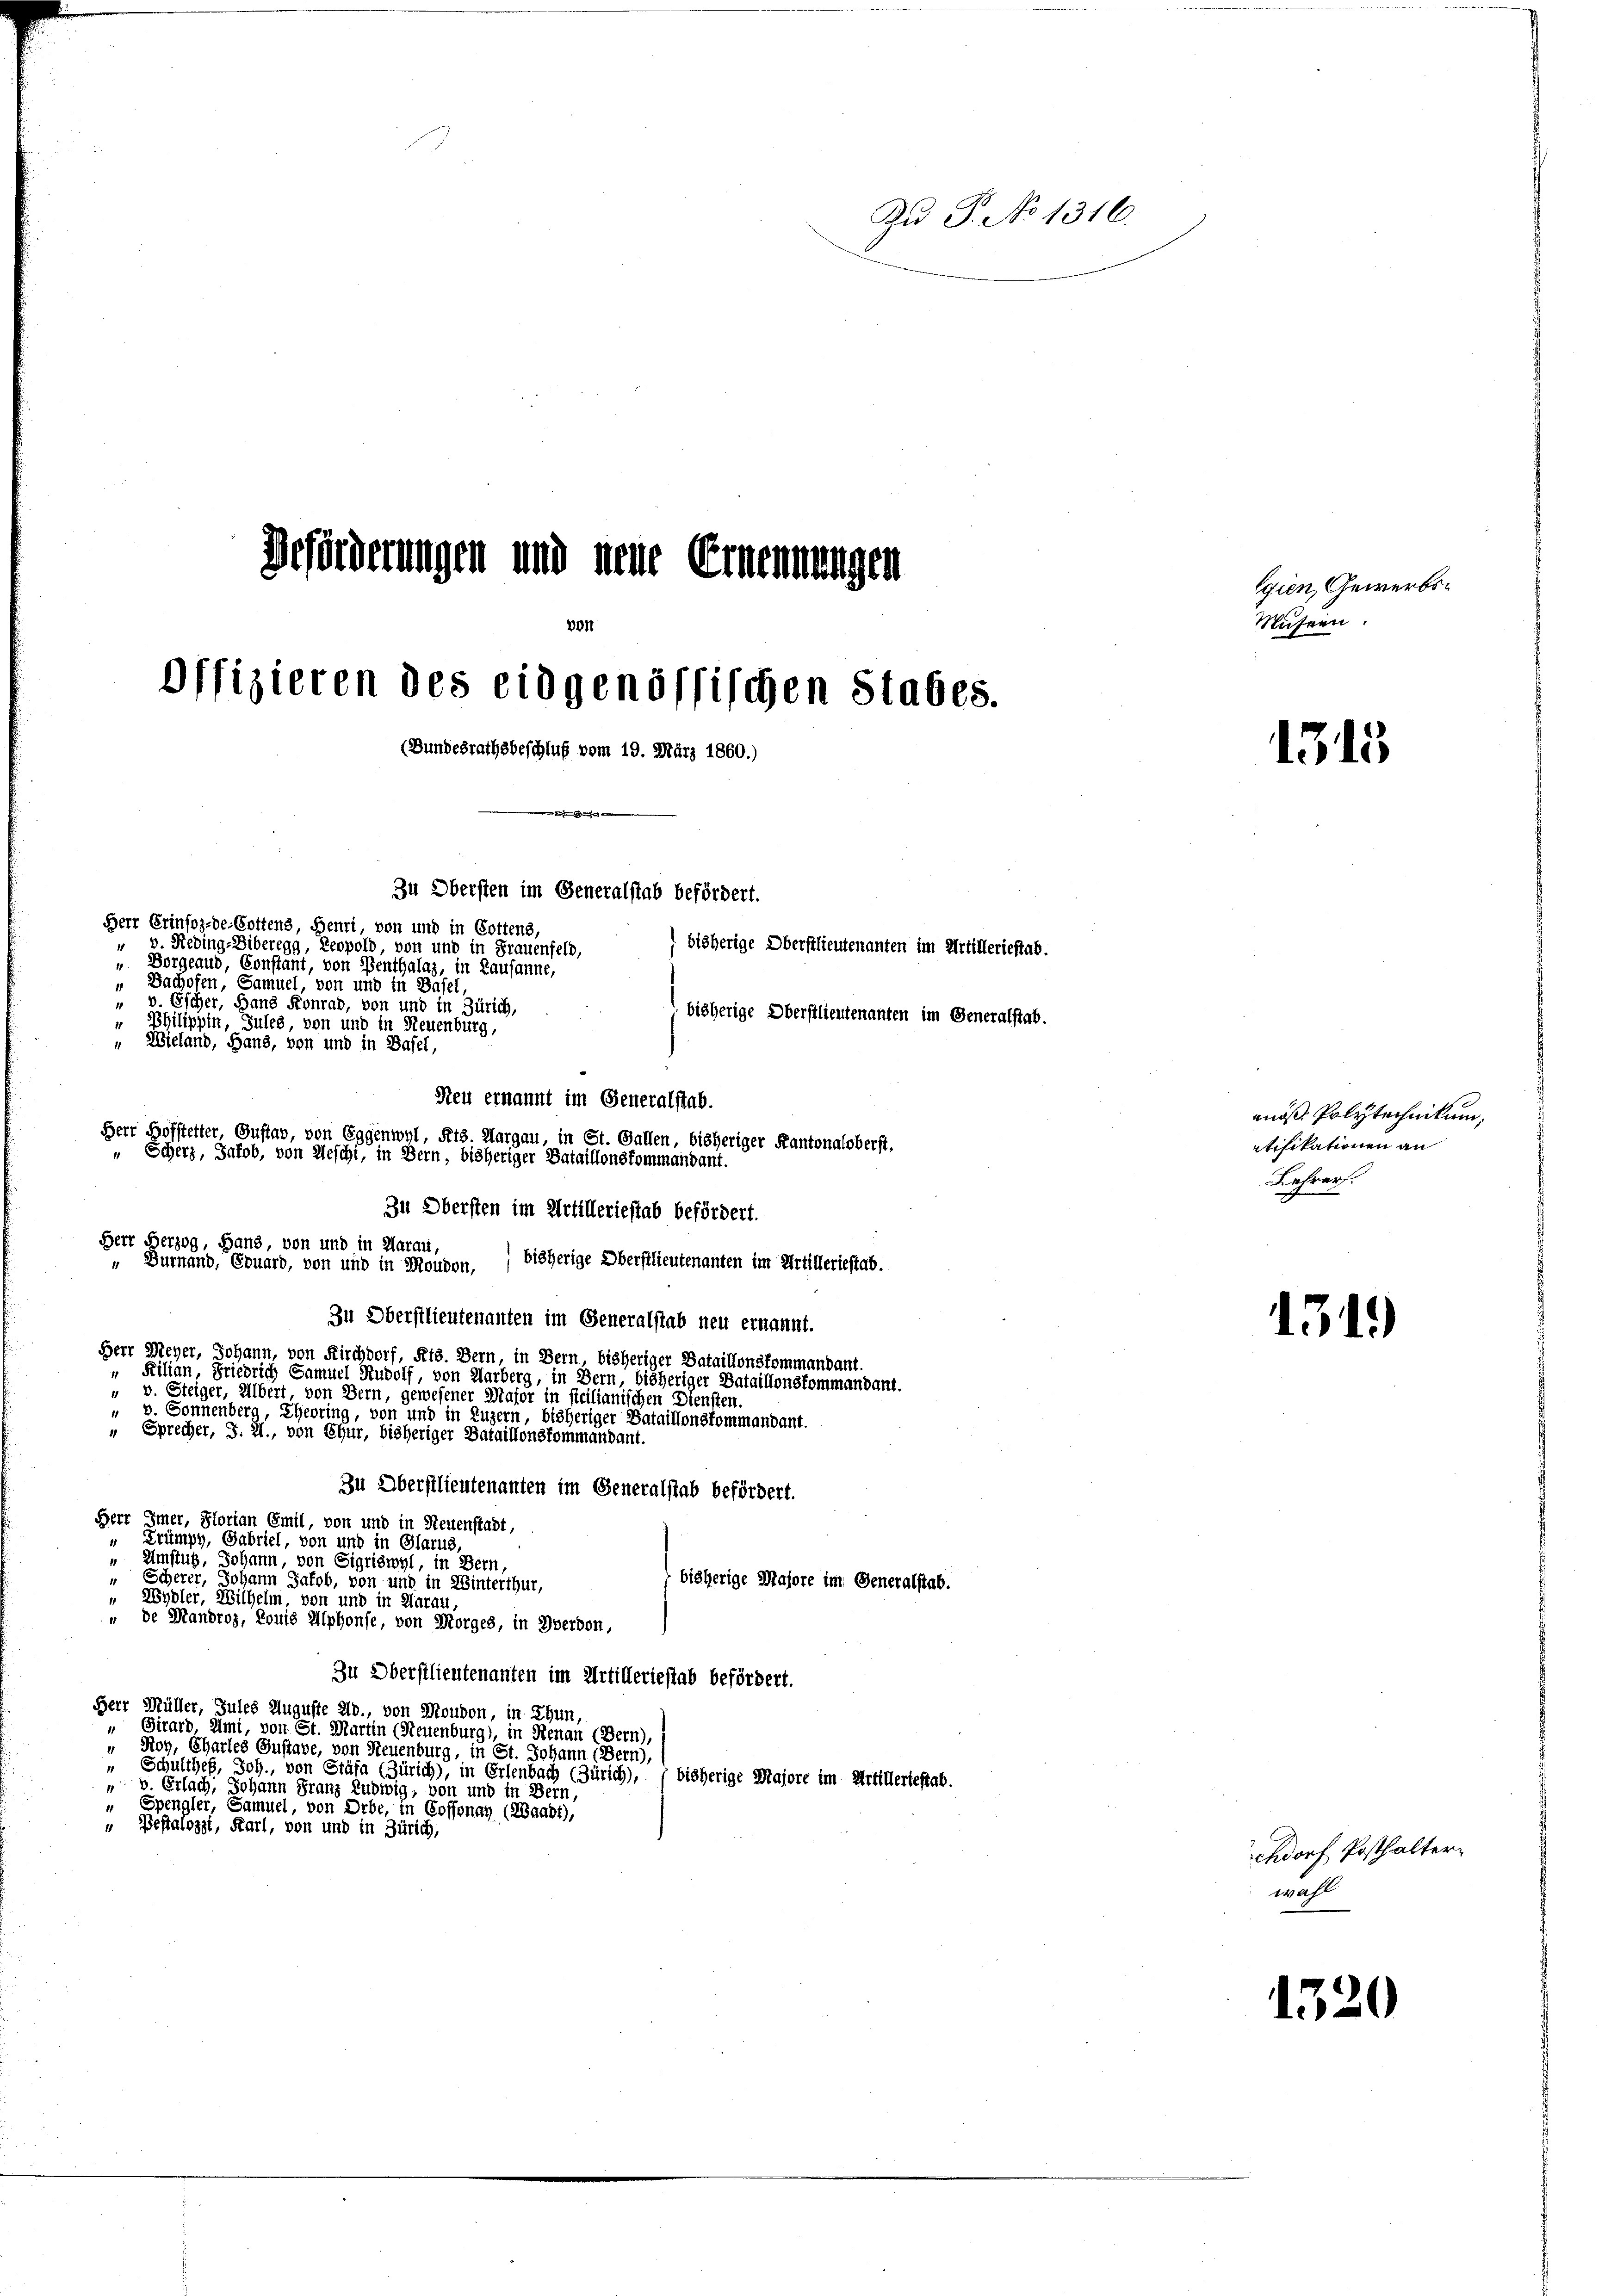
Zu P. No 1316.
Beförderungen und neue Ernennungen
gien, Gewerbs¬

von
Offizieren des eidgenössischen Stabes.
(Bundesrathsbeschluß vom 19. März 1860.)

Zu Obersten im Generalstab befördert.

Herr Erinfoz-de-Cottens, Henri, von und in Gottens,
 v. Heding-Biberegg, Leopold, von und in Frauenfeld,
 Vorgeaud, Constant, von Benthalag, in Lausanne,
„ Bachofen, Samuel, von und in Basel
" v. Escher, Hans Konrad, von und in Zürich,
" Philippin, Jules, von und in Neuenburg,
Wieland, Hans, von und in Basel,
Reu ernannt im Generalstab.
Herr Hofstetter, Gustav, von Eggenwyl, Kts. Margau, in St. Gallen, bisheriger Kantonaloberst.
 Scherz, Jakob, von Aeschi, in Bern, bisheriger Bataillonskommandant.
Zu Obersten im Artilleriestab befördert.
Herr Herzog, Hand, von und in Aarau,
bisherige Oberstlieutenanten im Artilleriestat.
"Durnand, Eduard, von und in Moudon,
Zu Oberstlieutenanten im Generalstab neu ernannt.
Herr Meyer, Johann, von Kirchdorf, Kts. Bern, in Bern, bisheriger Bataillonskommandant.
" Filian, Friedrich Samuel Rudolf, von Harberg, in Bern, bisheriger Bataillonskommandant.
" v. Steiger, Albert, von Bern, gewesener Major in ficilianischen Diensten.
" v. Sonnenberg, Eheoring, von und in Luzern, bisheriger Bataillonskommandant.
" Sprecher, J. H., von Chur, bisheriger Dataillonskommandant.
Zu Oberstlieutenanten im Generalstab befördert.
Herr Imer, Florian Emil, von und in Neuenstadt,
" Trümpy, Gabriel, von und in Glarus,
 Umstug, Johann, von Sigriswyl, in Bern,
" Scherer, Johann Jakob, von und in Winterthur,
bisherige Majore im Generalstab.
„ Wydler, Wilhelm, von und in Aarau,
" de Mandroz, Routs Alphonfe, von Morges, in Yverdon,
Zu Oberstlieutenanten im Artilleriestab befördert.
Herr Müller, Jules Auguste 2o., von Moudon, in Thun,
" Girard, ami, von St. Martin (Neuenburg), in Renau (Bern),
" Roy, Chartes Gustave, von Neuenburg, in St. Johann (Bern),
Schulthef, Joh., von Stäfa (Zürich), in Erlenbach (Zürich), 7 bisherige Majore im Artilleriestab.
" v. Erlach, Johann Franz Ludwig, von und in Bern,
" Spengler, Samuel, von Orbe, in Cossonay (Waadt),
" Pestalozzi, Karl, von und in Zürich,

bisherige Oberstlieutenanten im Artillerieftab.
bisherige Oberstlieutenanten im Generalstab.

Museen.

1313

mös Polytechnikum,
atifikationen an
Lehrer

1319)

chdorf Posthaltern
wahl

1520